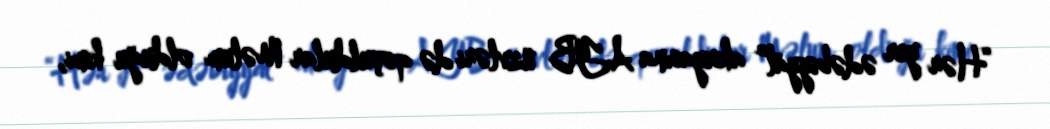
“Hər yer ədəbiyyat” aksiyasına AYB üzvləri də qoşuldular Məlum olduğu kimi,